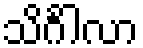
သိင်္ဂါလာ